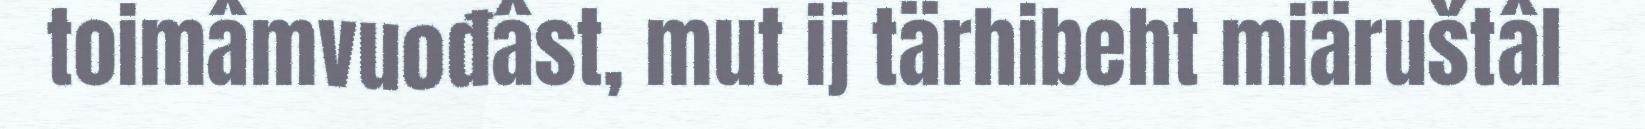
toimâmvuođâst, mut ij tärhibeht miäruštâl